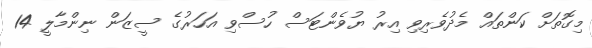
މިގޮތަށް ކަންތައް މެދުވެރިވި އިރު ޔުވެންޓަސް ހުސްވި އަހަރުގެ ސީޒަން ނިންމާލީ 14